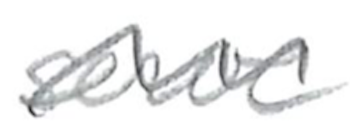
Text: serve
Cross-out: wave
Writing tool: pencil